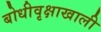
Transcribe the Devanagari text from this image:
बोधीवृक्षाखाली